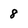
Character: 8